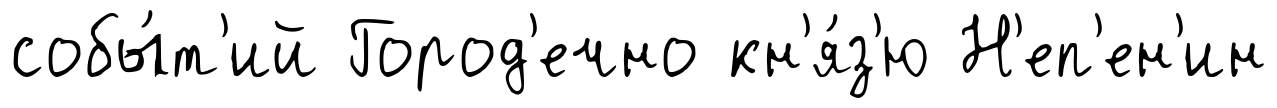
собы́т'ий Город'ечно кн'я́з'ю Н'еп'ен'ин